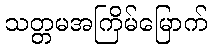
သတ္တမအကြိမ်မြောက်